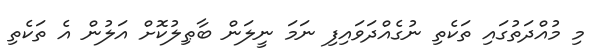
މި މުއްދަތުގައި ތަކެތި ނުގެއްދަވައިފި ނަމަ ނީލަން ބާޠިލުކޮށް އަލުން އެ ތަކެތި